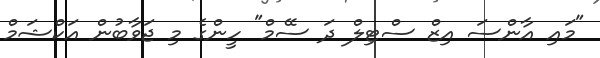
"މައި އާންސަ އިޒް ސްޓިލް ދަ ސޭމް" ހީންގެ މި ޖަވާބުން އަކްޝަމް